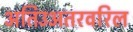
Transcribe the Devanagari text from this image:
अतिउअतरवरिल